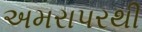
અમરાપરથી